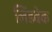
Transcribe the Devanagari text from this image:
लिंडबेक